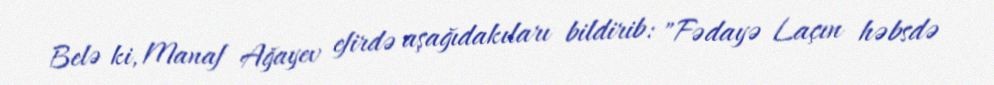
Belə ki, Manaf Ağayev efirdə aşağıdakıları bildirib: "Fədayə Laçın həbsdə